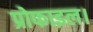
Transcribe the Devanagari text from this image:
प्रोफाइल।